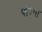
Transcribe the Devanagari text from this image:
परिषा